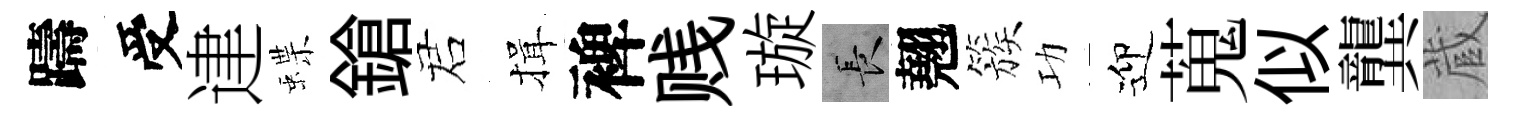
躊受䢖蝶鎗诺揖裨贱璇长翹簇功迎蒐似龔蔵